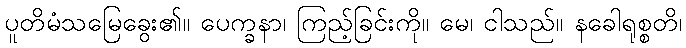
ပူတိမံသမြေခွေး၏။ ပေက္ခနာ၊ ကြည့်ခြင်းကို။ မေ၊ ငါသည်။ နခေါရုစ္စတိ၊